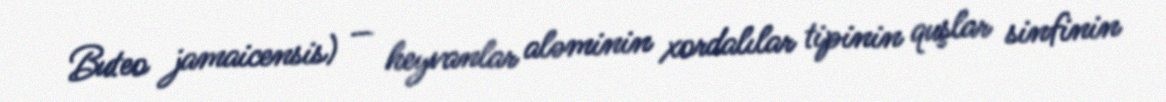
Buteo jamaicensis) — heyvanlar aləminin xordalılar tipinin quşlar sinfinin